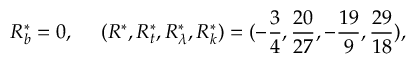
R _ { b } ^ { * } = 0 , ~ ~ ~ ~ ( R ^ { * } , R _ { t } ^ { * } , R _ { \lambda } ^ { * } , R _ { k } ^ { * } ) = ( - { \frac { 3 } { 4 } } , { \frac { 2 0 } { 2 7 } } , - { \frac { 1 9 } { 9 } } , { \frac { 2 9 } { 1 8 } } ) ,